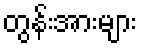
တွန်းအားများ